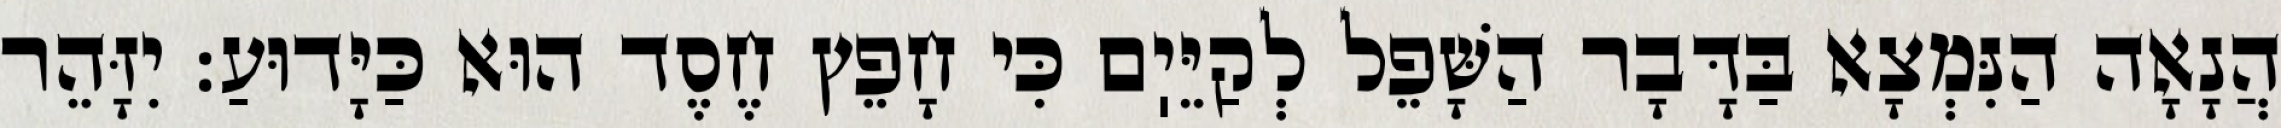
הֲנָאָה הַנִּמְצָא בַּדָּבָר הַשָּׁפֵל לְקַיֵּיֽם כִּי חָפֵץ חֶסֶד הוּא כַּיָּדוּעַ: יִזָּהֵר